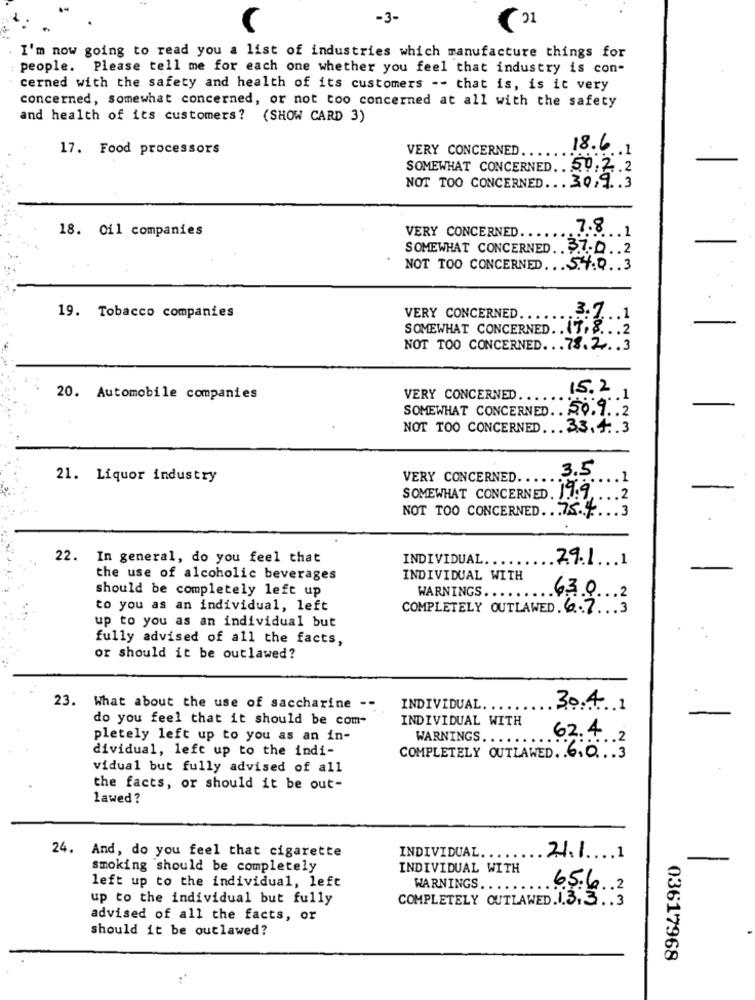
-3-
I'm now going to read you a list of industries which manufacture things for
people. Please tell me for each one whether you feel that industry is con-
cerned with the safety and health of its customers -- that is, is it very
concerned, somewhat concerned, or not too concerned at all with the safety
and health of its customers? (SHOW CARD 3)
17. Food processors
VERY CONCERNED ..
18.6.1
SOMEWHAT CONCERNED .. 50.2.2
NOT TOO CONCERNED ... 30,9.3
18. Oil companies
VERY CONCERNED.
7.8. . . 1
SOMEWHAT CONCERNED .. $7.0 .. 2
NOT TOO CONCERNED ... S.7.Q .. 3
19. Tobacco companies
VERY CONCERNED.
3.7 ... 1
SOMEWHAT CONCERNED. . 47
,8 :2
NOT TOO CONCERNED ... 78.2 .. 3
15.2
20. Automobile companies
VERY CONCERNED.
.1
SOMEWHAT CONCERNED .. 20.9 .. 2
NOT TOO CONCERNED ... 33.4.3
3.5
21. Liquor industry
VERY CONCERNED.
.1
SOMEWHAT CONCERNED. 19:9 ,.. . 2
NOT TOO CONCERNED .. 75.4 ... 3
22. In general, do you feel that
INDIVIDUAL ...
29.1 ... 1
the use of alcoholic beverages
INDIVIDUAL WITH
should be completely left up
WARNINGS .........
630 2
to you as an individual, left
COMPLETELY OUTLAWED. 6.7. . . 3
up to you as an individual but
fully advised of all the facts,
or should it be outlawed?
23. What about the use of saccharine --
INDIVIDUAL. ..
30.4.1
do you feel that it should be com-
INDIVIDUAL WITH
pletely left up to you as an in-
WARNINGS. ....
62.4 2
dividual, left up to the indi-
COMPLETELY OUTLAWED. . 6. 0. . . 3
vidual but fully advised of all
the facts, or should it be out-
lawed?
INDIVIDUAL ..
24. And, do you feel that cigarette
21.1 .... 1
smoking should be completely
INDIVIDUAL WITH
left up to the individual, left
WARNINGS.
65.6 .. 2
up to the individual but fully
COMPLETELY OUTLAWED.1.3.3 .. 3
advised of all the facts, or
should it be outlawed?
03617968